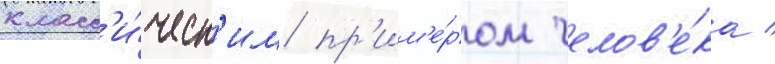
класс'и́ческ'им пр'им'е́ром челов'е́ка /